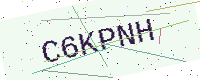
Text: C6KPNH